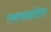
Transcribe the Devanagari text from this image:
एचएचआईटीएए